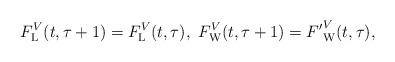
LaTeX: \begin{align*}F^V_{{\rm L}}(t,\tau+1)=F^V_{{\rm L}}(t,\tau), \ F^V_{{\rm W}}(t,\tau+1)={F'}^V_{{\rm W}}(t,\tau),\end{align*}